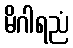
မိဂါရညံ